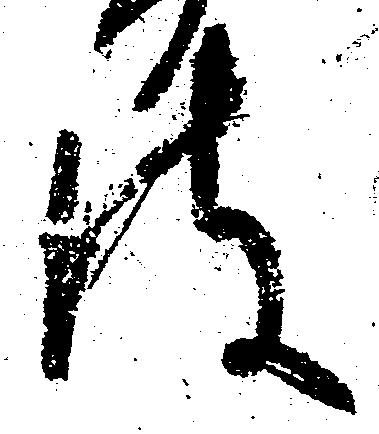
彼